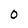
Character: O